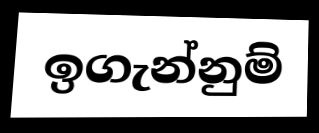
ඉගැන්නුම්